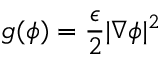
g ( \phi ) = \frac { \epsilon } { 2 } | \nabla \phi | ^ { 2 }